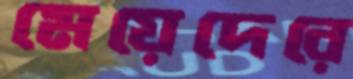
মেয়েদেরে